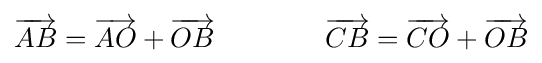
{\overrightarrow {AB}}={\overrightarrow {AO}}+{\overrightarrow {OB}}\qquad \qquad {\overrightarrow {CB}}={\overrightarrow {CO}}+{\overrightarrow {OB}}